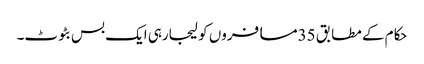
حکام کے مطابق 35مسافروں کو لیجارہی ایک بس بٹوٹ۔